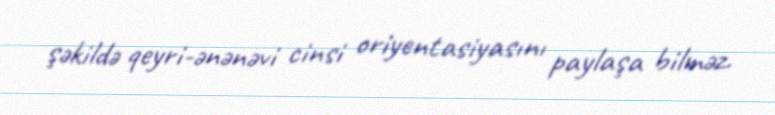
şəkildə qeyri-ənənəvi cinsi oriyentasiyasını paylaşa bilməz.